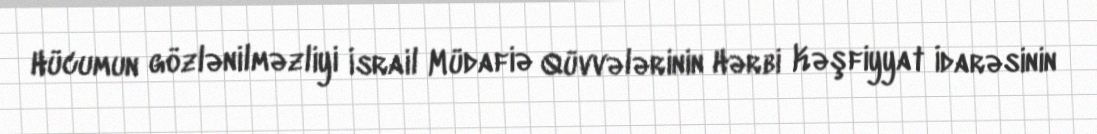
Hücumun gözlənilməzliyi İsrail Müdafiə Qüvvələrinin Hərbi Kəşfiyyat İdarəsinin